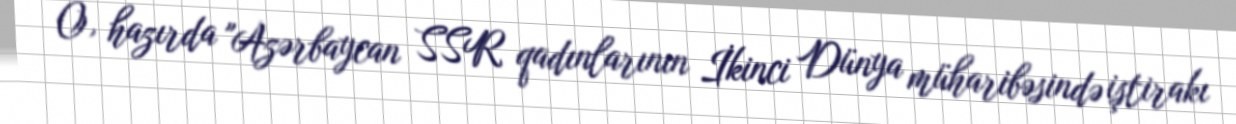
O, hazırda "Azərbaycan SSR qadınlarının İkinci Dünya müharibəsində iştirakı